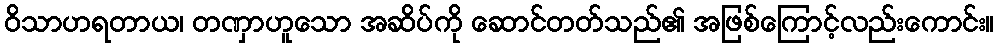
ဝိသာဟရတာယ၊ တဏှာဟူသော အဆိပ်ကို ဆောင်တတ်သည်၏ အဖြစ်ကြောင့်လည်းကောင်း။